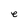
Character: e